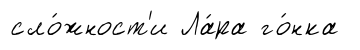
сло́жност'и Ла́ра го́нка